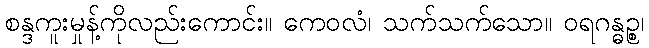
စန္ဒကူးမှုန့်ကိုလည်းကောင်း။ ကေဝလံ၊ သက်သက်သော။ ဝရဂန္ဓဉ္စ၊